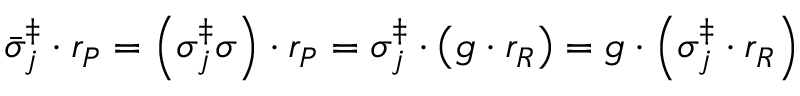
\bar { \sigma } _ { j } ^ { \ddag } \cdot r _ { P } = \left( \sigma _ { j } ^ { \ddag } \sigma \right) \cdot r _ { P } = \sigma _ { j } ^ { \ddag } \cdot \left( g \cdot r _ { R } \right) = g \cdot \left( \sigma _ { j } ^ { \ddag } \cdot r _ { R } \right)